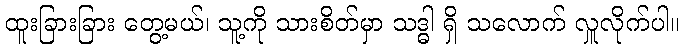
ထူးခြားခြား တွေ့မယ်၊ သူ့ကို သားစိတ်မှာ သဒ္ဓါ ရှိ သလောက် လှူလိုက်ပါ။